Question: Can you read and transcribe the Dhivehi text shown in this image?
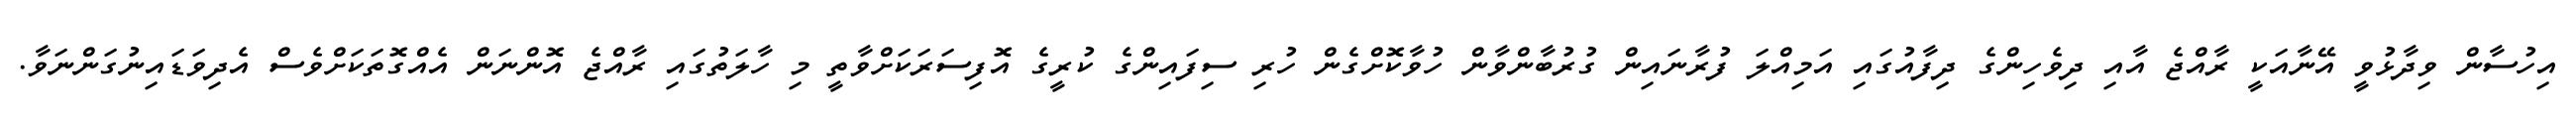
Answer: އިހުސާން ވިދާޅުވީ އޭނާއަކީ ރާއްޖެ އާއި ދިވެހިންގެ ދިފާއުގައި އަމިއްލަ ފުރާނައިން ގުރުބާންވާން ހުވާކޮށްގެން ހުރި ސިފައިންގެ ކުރީގެ އޮފިސަރަކަށްވާތީ މި ހާލަތުގައި ރާއްޖެ އޮންނަން އެއްގޮތަކަށްވެސް އެދިވަޑައިނުގަންނަވާ.